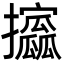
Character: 𫾞